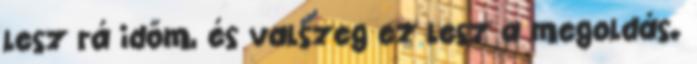
lesz rá időm, és valszeg ez lesz a megoldás.